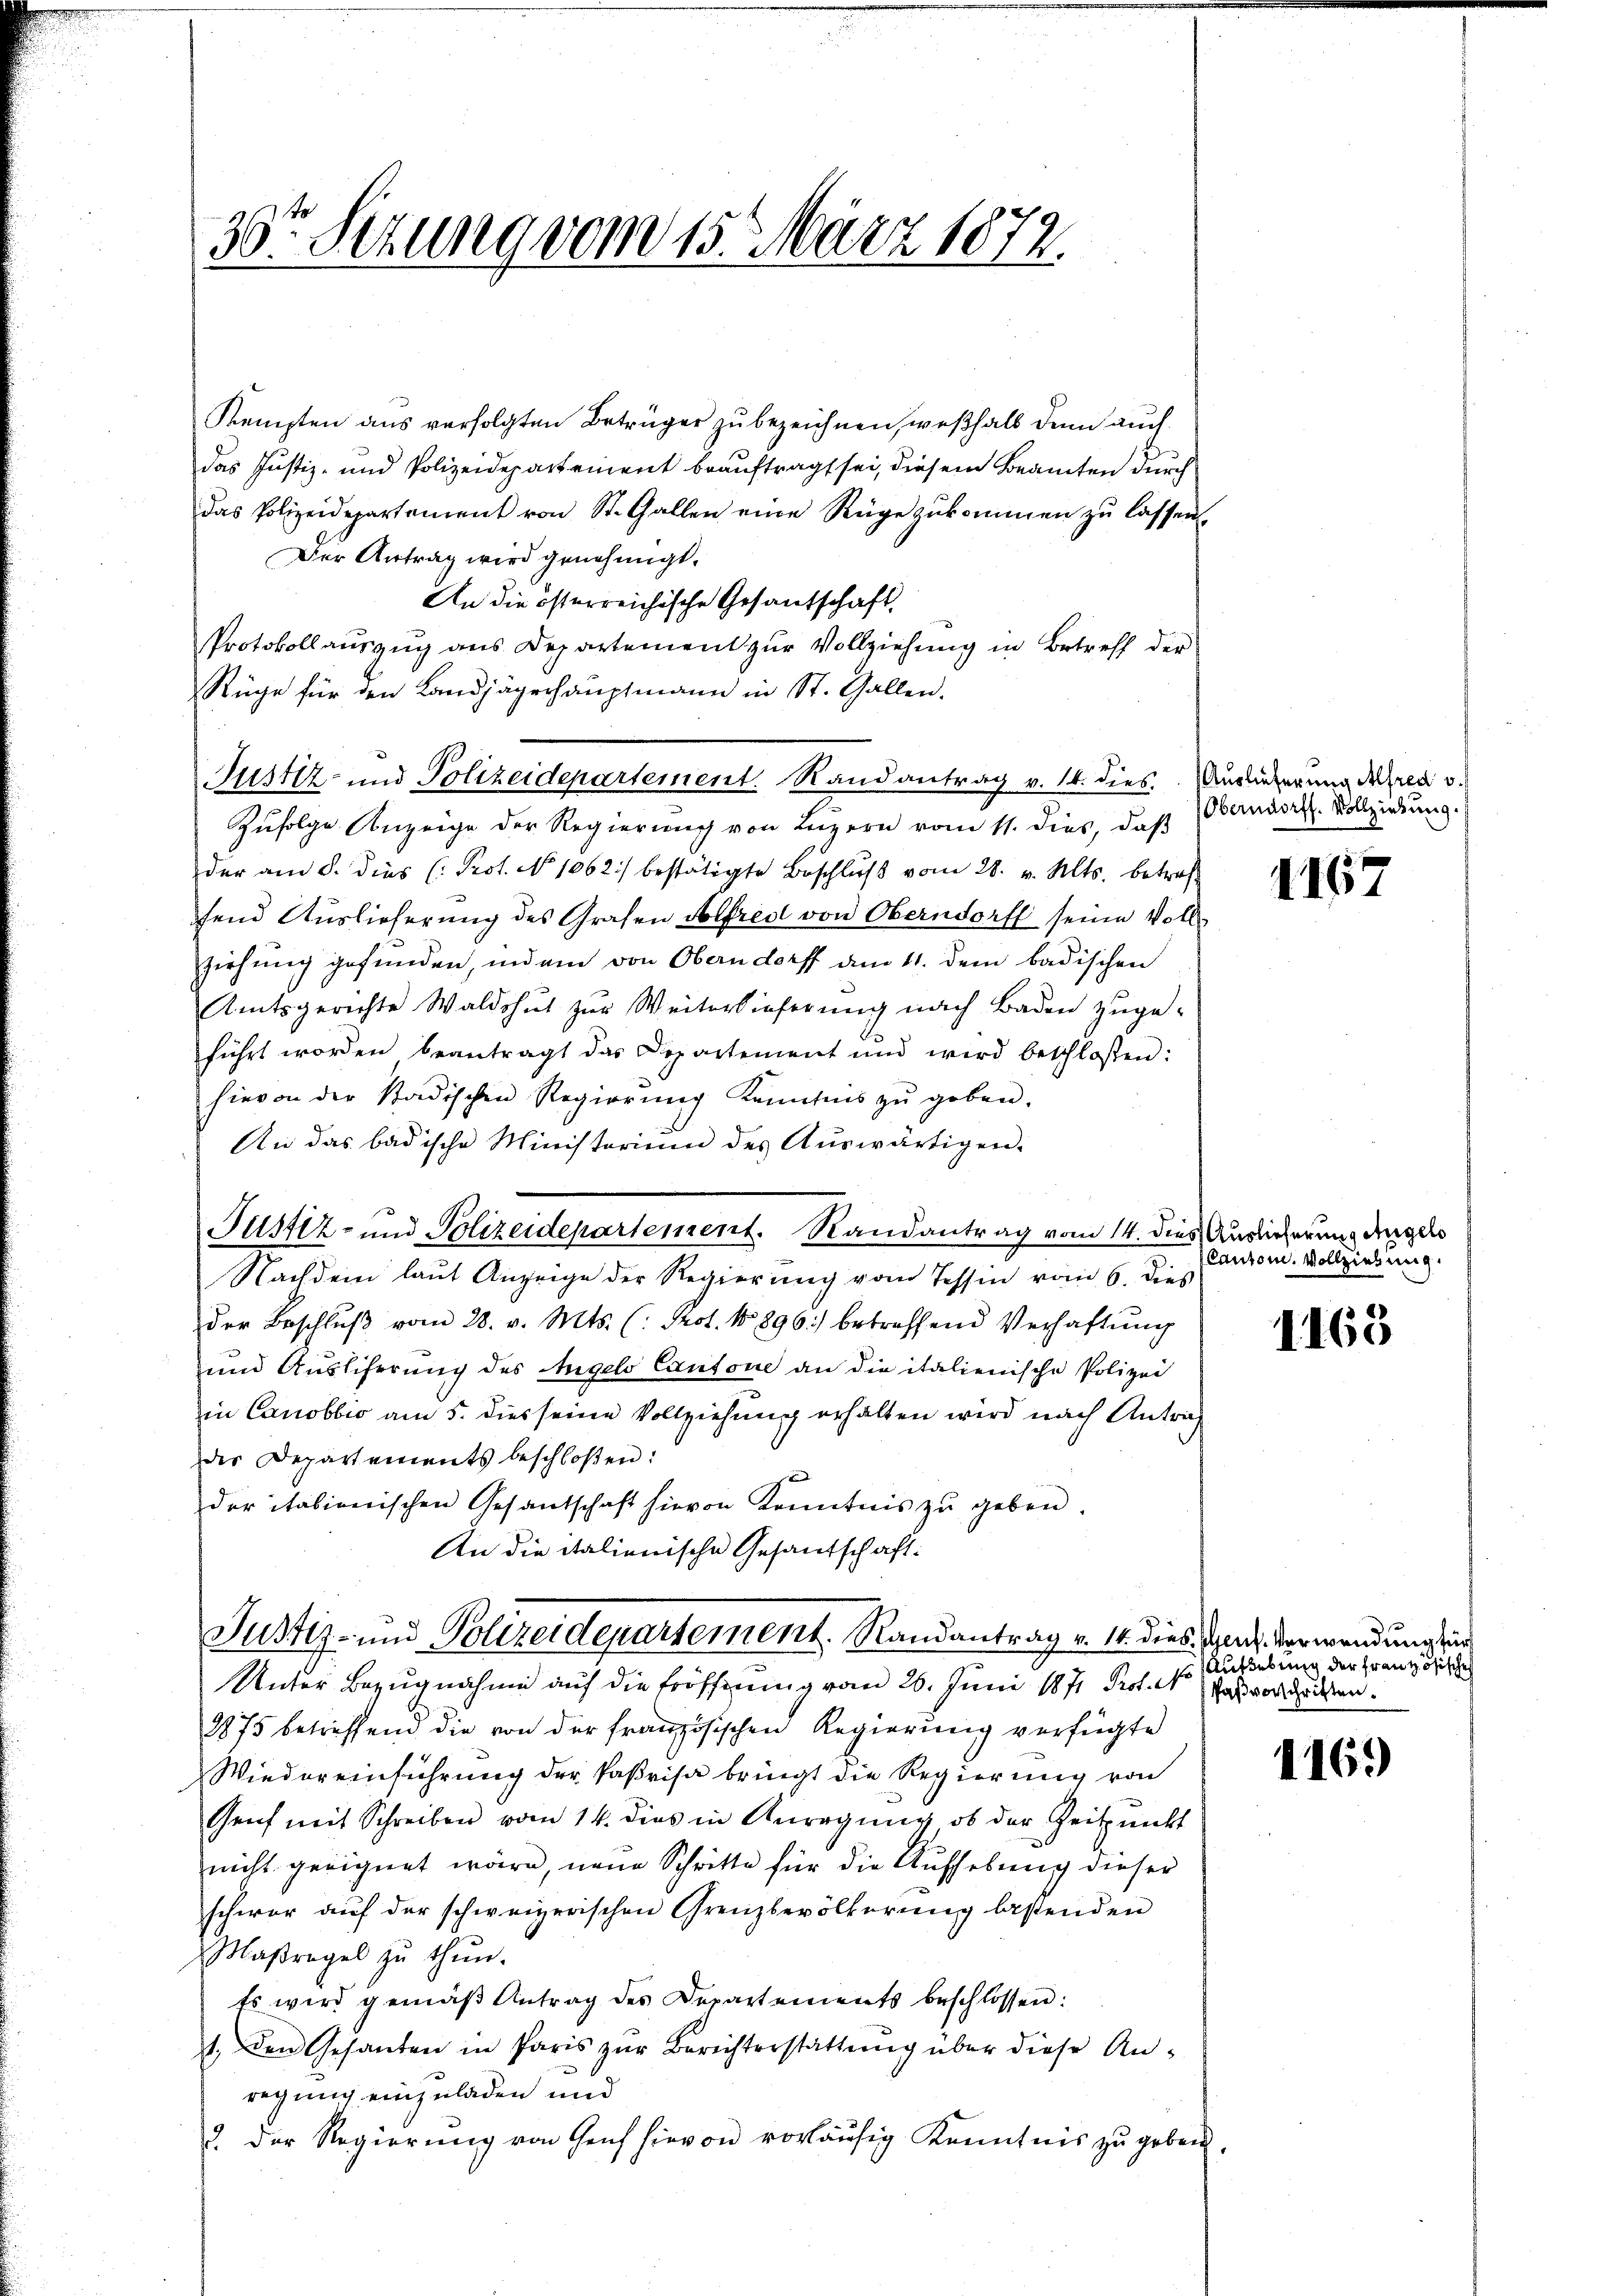
Justiz- und Polizeidepartement. Randantrag v. 14. dies. Auslieferung der v.

30t Setzung vom 15. März 1872.

Kempten aus verfolgten Betrüger zu bezeichnen, weßhalb denn auch
das Justiz- und Polizeidepartement beauftragt sei, diesem Beamten durch
das Polizeidepartement von St. Gallen eine Rüge zukommen zu lassen.
Der Antrag wird genehmigt.
An die österreichische Gesantschaft.
Protokollauszug aus Departement zur Vollziehung in Betreff der
Rüge für den Landjägerhauptmann in St. Gallen.
Zufolge Anzeige der Regierung von Luzern vom 11. dies, daß
der am 8. dies (Prot. No 1062) bestätigte Beschlŭβ vom 28. v. Mts. betreff
send Auslieferung des Grafen Alfred von Oberndorff seine Vollziehung gefunden, indem von Oberndorff dem 11. dem badischen
Amtsgerichte Waldshut zur Weiterlieferung nach Baden zuge-
führt worden beantragt das Departement und wird beschlossen:
hievon der Stadischen Regierŭng Kenntnis zŭ geben.
An das badische Ministerium des Auswärtigen.
Justiz- und Polizeidepartement. Randantrag vom 14. dies Auslieferung angel
Nachdem laut Anzeige der Regierung vom Tessin vom 6. dieß
der Beschluß vom 28. v. Mts. (: Prot. N. 896) betreffend Verhaftung
und Ausliferung des Angelo Cantone an die italienische Polizei
in Canobbio am 5. dies seine Vollziehung erhalten wird nach Antrag
der Departements beschloßen:
der italienischen Gesandschaft hievon Kenntnis zŭ geben.
An die italienische Gesandschaft.

Justiz- und Polizeidepartement. Randantrag v. 14. dies, das Verwendung sein

Oberndorff. Vollziehung.

Unter Bezugnahme auf die Eröffnung vom 26. Juni 1871 Prof. Das verschritten.
1875 betreffend die von der französischen Regierung verfügte
Wiedereinführung der Paßrisa bringt die Regierung von
Genf mit Schreiben vom 14. dies in Anregung ob der Zeitpunckt
nicht geeignet wäre, neue Schritte für die Aufhebung dieser
schwer auf der schweizerischen Grenzbevölkerung lassenden
Maßregel zŭ thŭn.
Es wird gemäβ Antrag des Departements beschlossen:
1. den Gesanten in Paris zŭr Berichterstattung über diese An-
regung einzuladen und
2. Der Regierŭng von Genf hievon vorläŭfig Kenntnis zŭ geben.

4167

(Canton. Vollziehung.

1165

Aufhebung der Französische

116.)